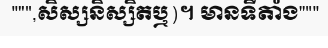
""",សិស្សនិស្សិតឬ)។ មានទីតាំង"""